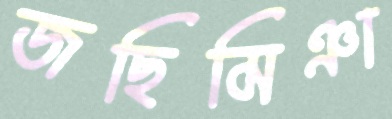
জছিমিঞা